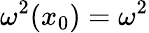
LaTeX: \omega^{2}(x_{0})=\omega^{2}